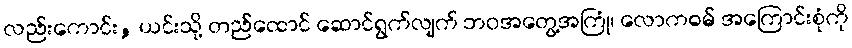
လည်းကောင်း, ယင်းသို့ တည်ထောင် ဆောင်ရွက်လျက် ဘဝအတွေ့အကြုံ၊ လောကဓမ် အကြောင်းစုံကို